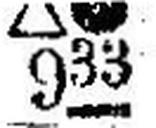
∆● 933